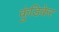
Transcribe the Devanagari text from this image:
कुंडिकेर